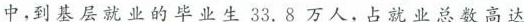
中，到基层就业的毕业生33.8万人，占就业总数高达